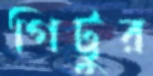
গিট্টুর